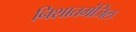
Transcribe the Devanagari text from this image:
निशातमंजिल